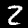
Label: 2